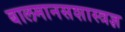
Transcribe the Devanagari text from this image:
बालमानसशास्त्रज्ञ